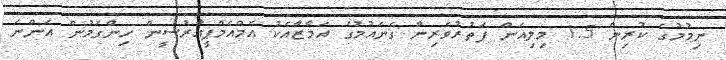
ނިމުމުގެ ކުރިން 1.5 މިލިއަން ފަތުރުވެރިން ގެނައުމުގެ އަމާޒާއެކު އެމްއެމްޕީއާރުސީން ހިންގަމުން އަންނަ